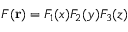
F ( \mathbf { r } ) = F _ { 1 } ( x ) F _ { 2 } ( y ) F _ { 3 } ( z )